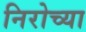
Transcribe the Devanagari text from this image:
निरोच्या